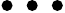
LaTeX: \bullet\, \bullet\, \bullet